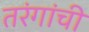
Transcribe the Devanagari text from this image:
तरंगांची